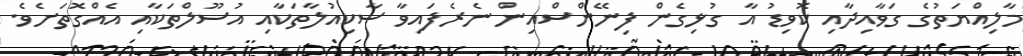
މާލިއްޔަތުގެ ގަވާއިދާއި ކޮވިޑު އާ ގުޅިގެން ފިނޭންސްއިން ނެރެފައިވާ ސާކިއުލާތަކާއި އުސޫލްތަކާއި އެއްގޮތަށެވެ.